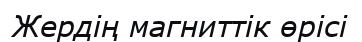
Жердің магниттік өрісі